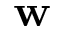
\mathbf { w }